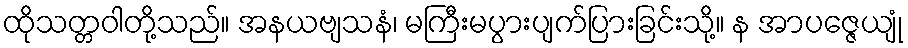
ထိုသတ္တဝါတို့သည်။ အနယဗျသနံ၊ မကြီးမပွားပျက်ပြားခြင်းသို့။ န အာပဇ္ဇေယျုံ